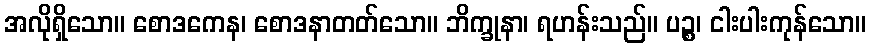
အလိုရှိသော။ စောဒကေန၊ စောဒနာတတ်သော။ ဘိက္ခုနာ၊ ရဟန်းသည်။ ပဉ္စ၊ ငါးပါးကုန်သော။